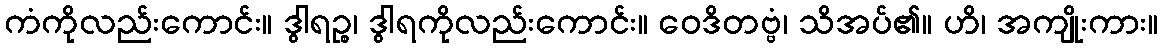
ကံကိုလည်းကောင်း။ ဒွါရဉ္စ၊ ဒွါရကိုလည်းကောင်း။ ဝေဒိတဗ္ဗံ၊ သိအပ်၏။ ဟိ၊ အကျိုးကား။